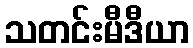
သတင်းမီဒီယာ